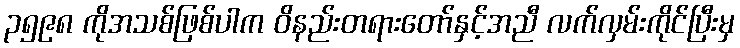
၃၅၉၈ ကိုအသစ်ဖြစ်ပါက ဝိနည်းတရားတော်နှင့်အညီ လက်လှမ်းကိုင်ပြီးမှ